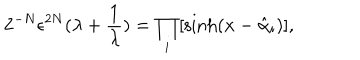
2 ^ { - N } \epsilon ^ { 2 N } ( \lambda + \frac { 1 } { \lambda } ) = \prod _ { i } [ \sinh ( x - \hat { \alpha } _ { i } ) ] ,